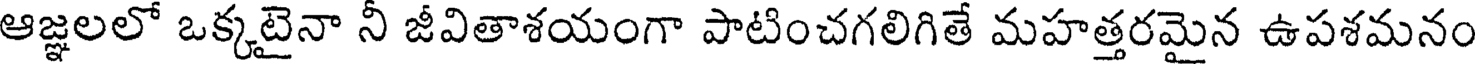
ఆజ్ఞలలో ఒక్కటైనా నీ జీవితాశయంగా పాటించగలిగితే మహత్తరమైన ఉపశమనం